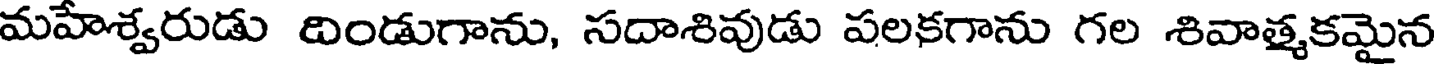
మహేశ్వరుడు దిండుగాను, సదాశివుడు పలకగాను గల శివాత్మకమైన